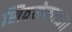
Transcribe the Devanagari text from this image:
शिवसेना।।३।।